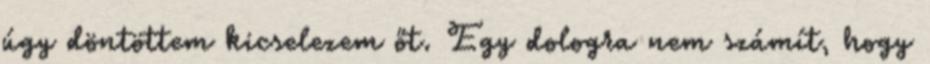
úgy döntöttem kicselezem őt. Egy dologra nem számít, hogy